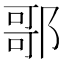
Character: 𨝆